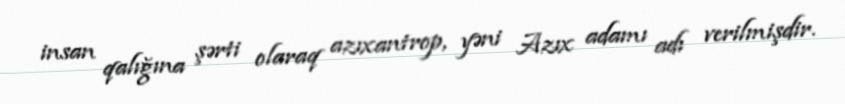
insan qalığına şərti olaraq azıxantrop, yəni Azıx adamı adı verilmişdir.